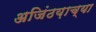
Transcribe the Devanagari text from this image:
अजिंठय़ाच्या